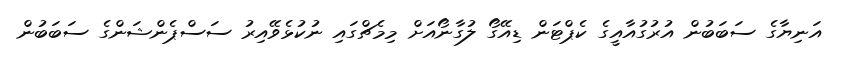
އަނިޔާގެ ސަބަބުން އުރުގުއާއީގެ ކެޕްޓަން ޑިއޭގޯ ލުގާނޯއަށް މިމެޗްގައި ނުކުޅެވޭއިރު ސަސްޕެންޝަންގެ ސަބަބުން